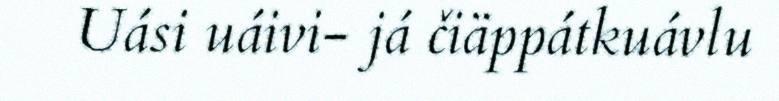
Uási uáivi- já čiäppátkuávlu